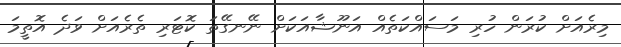
މިރެއަށް ކުރަން ހުރި މަސައްކަތެއް އަނޫޝާއަކަށް ނޭނގޭތަ ކޮޓަރި ތެރެއަށް ވަދެ އޮތީމަ